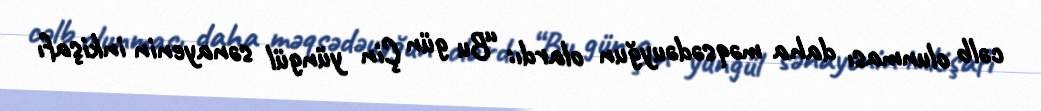
cəlb olunması daha məqsədəuyğun olardı: “Bu gün Çin yüngül sənayenin inkişafı